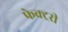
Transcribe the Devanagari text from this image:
फेक्ट्ररी